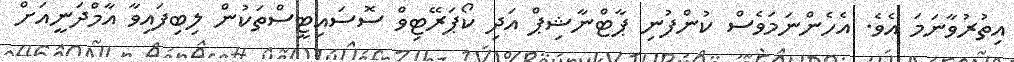
އިތުރުވާނަމަ އެވެ. އެހެންނަމަވެސް ކުންފުނި ޕާޓްނާޝިޕް އަދި ކޯޕަރޭޓިވް ސޮސައިޓީސްތަކުން ލިބިފައިވާ އާމްދަނީއަށް